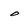
Character: o